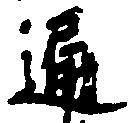
通